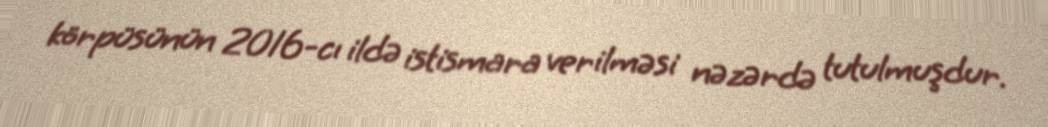
körpüsünün 2016-cı ildə istismara verilməsi nəzərdə tutulmuşdur.